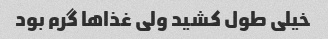
خیلی طول کشید ولی غذاها گرم بود